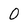
Character: O